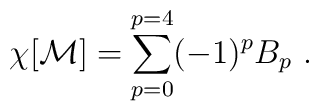
\chi [{\bf {\cal M}}] = \sum_{p=0}^{p=4} (-1)^p B_p\ .